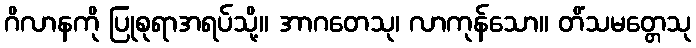
ဂိလာနကို ပြုစုရာအရပ်သို့။ အာဂတေသု၊ လာကုန်သော။ တိံသမတ္တေသု